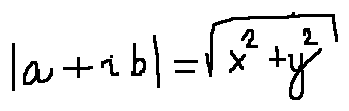
| a + i b | = \sqrt { x ^ { 2 } + y ^ { 2 } }